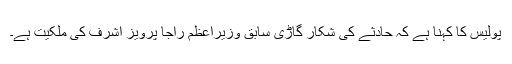
پولیس کا کہنا ہے کہ حادثے کی شکار گاڑی سابق وزیراعظم راجا پرویز اشرف کی ملکیت ہے۔